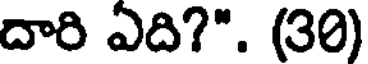
దారి ఏది?". (30)